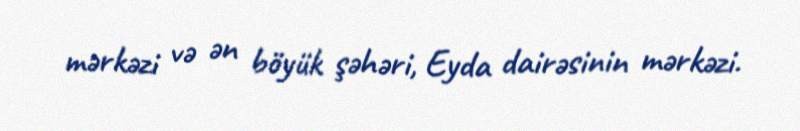
mərkəzi və ən böyük şəhəri, Eyda dairəsinin mərkəzi.